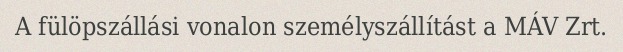
A fülöpszállási vonalon személyszállítást a MÁV Zrt.